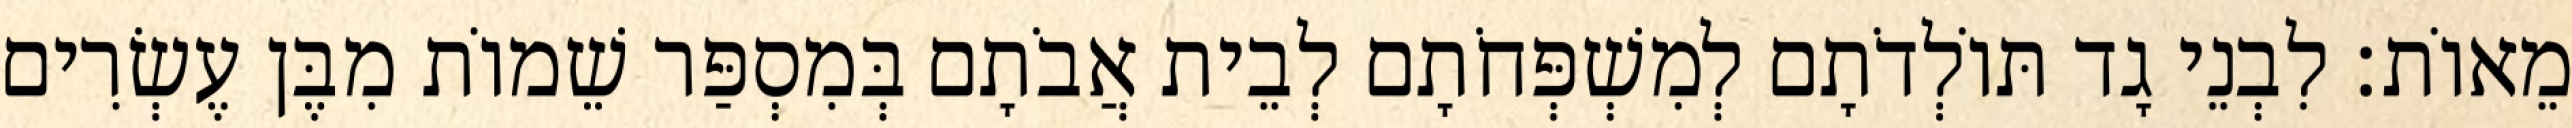
מֵאוֹת׃ לִבְנֵי גָד תּוֹלְדֹתָם לְמִשְׁפְּחֹתָם לְבֵית אֲבֹתָם בְּמִסְפַּר שֵׁמוֹת מִבֶּן עֶשְׂרִים